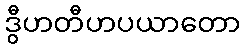
ဒွီဟတီဟပယာတော